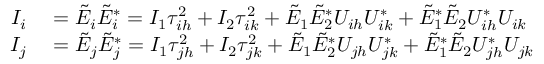
\begin{array} { r l } { I _ { i } } & { { } = \Tilde { E } _ { i } \Tilde { E } _ { i } ^ { * } = I _ { 1 } \tau _ { i h } ^ { 2 } + I _ { 2 } \tau _ { i k } ^ { 2 } + \Tilde { E } _ { 1 } \Tilde { E } _ { 2 } ^ { * } U _ { i h } U _ { i k } ^ { * } + \Tilde { E } _ { 1 } ^ { * } \Tilde { E } _ { 2 } U _ { i h } ^ { * } U _ { i k } } \\ { I _ { j } } & { { } = \Tilde { E } _ { j } \Tilde { E } _ { j } ^ { * } = I _ { 1 } \tau _ { j h } ^ { 2 } + I _ { 2 } \tau _ { j k } ^ { 2 } + \Tilde { E } _ { 1 } \Tilde { E } _ { 2 } ^ { * } U _ { j h } U _ { j k } ^ { * } + \Tilde { E } _ { 1 } ^ { * } \Tilde { E } _ { 2 } U _ { j h } ^ { * } U _ { j k } } \end{array}